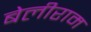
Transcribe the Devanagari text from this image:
बेलीराम